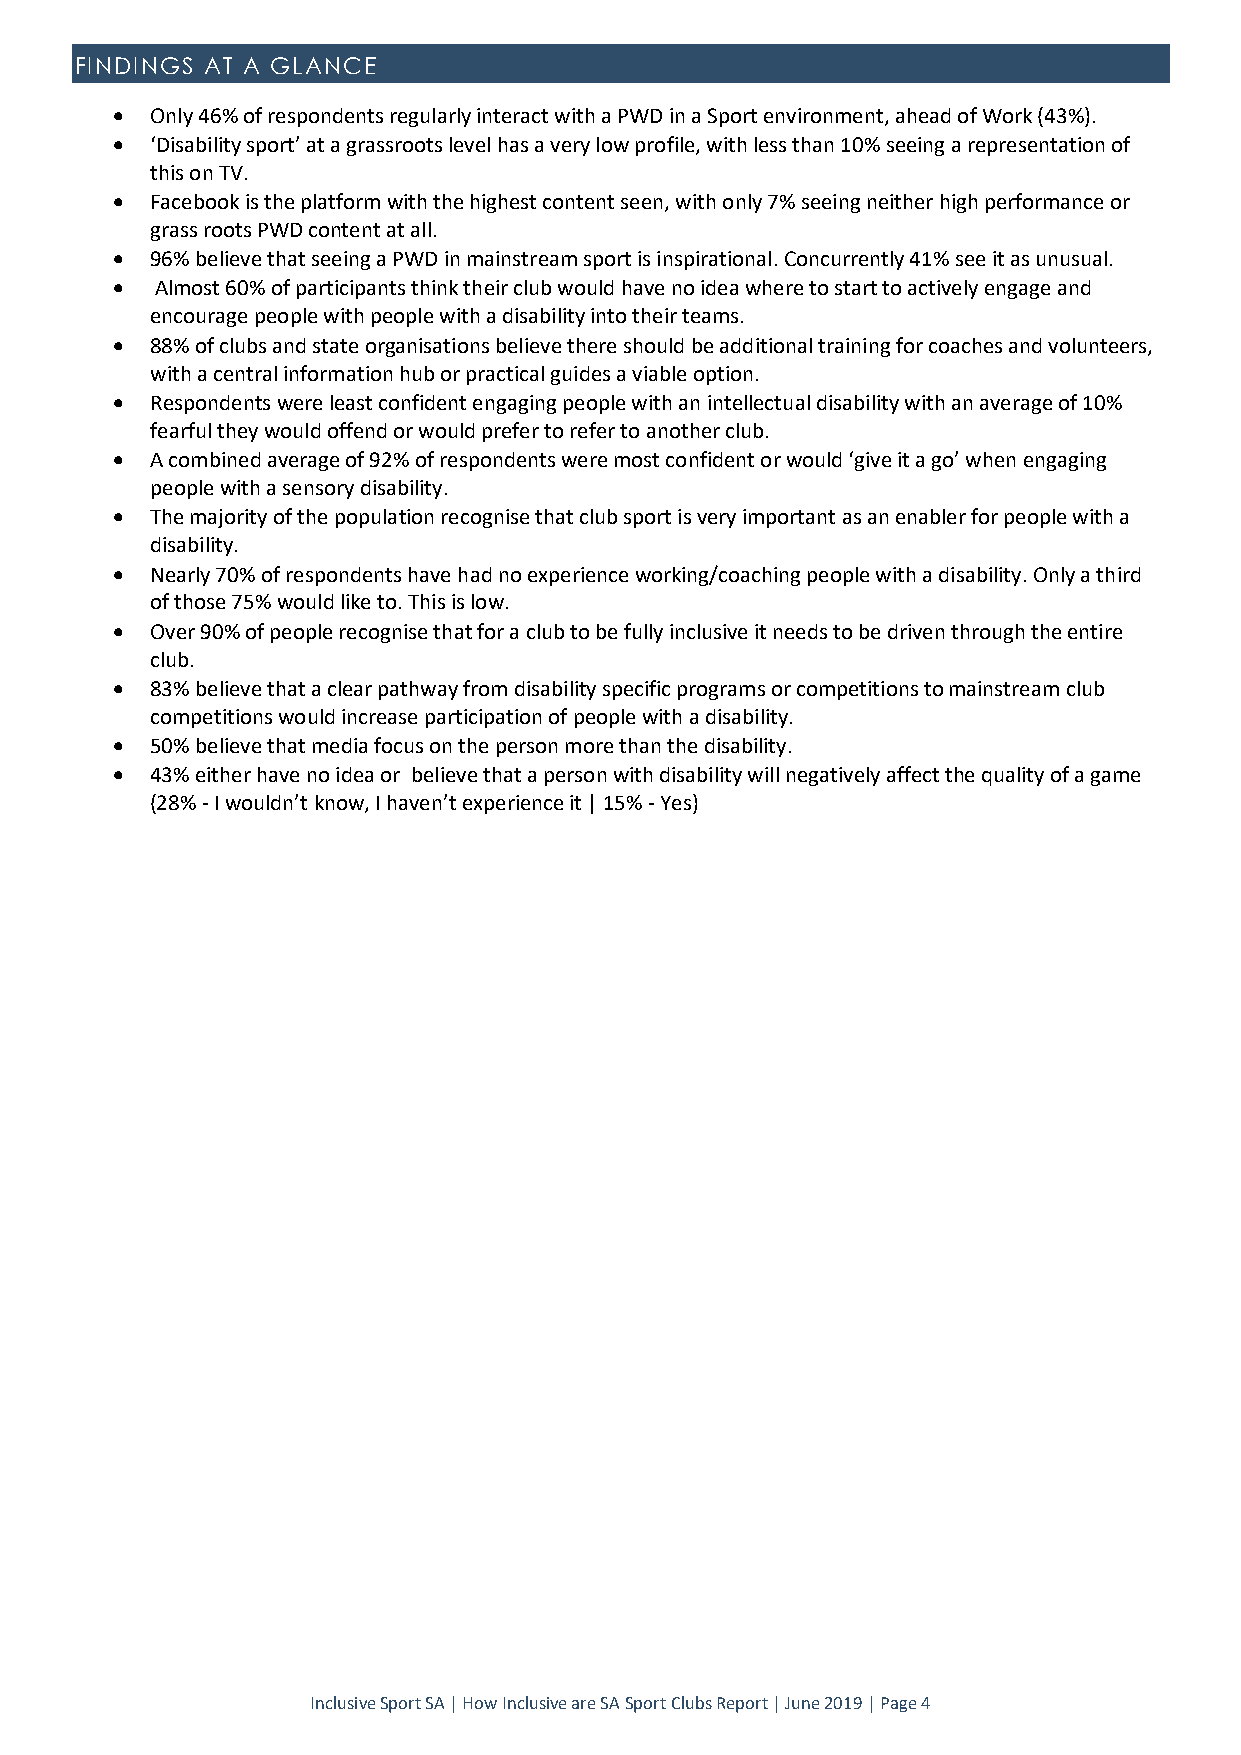
FINDINGS AT A GLANCE
   Only 46% of respondents regularly interact with a PWD in a Sport environment, ahead of Work (43%).
   ‘Disability sport’ at a grassroots level has a very low profile, with less than 10% seeing a representation of
 this on TV.
   Facebook is the platform with the highest content seen, with only 7% seeing neither high performance or
 grass roots PWD content at all.
   96% believe that seeing a PWD in mainstream sport is inspirational. Concurrently 41% see it as unusual.
   Almost 60% of participants think their club would have no idea where to start to actively engage and
 encourage people with people with a disability into their teams.
   88% of clubs and state organisations believe there should be additional training for coaches and volunteers,
 with a central information hub or practical guides a viable option.
   Respondents were least confident engaging people with an intellectual disability with an average of 10%
 fearful they would offend or would prefer to refer to another club.
   A combined average of 92% of respondents were most confident or would ‘give it a go’ when engaging
 people with a sensory disability.
   The majority of the population recognise that club sport is very important as an enabler for people with a
 disability.
   Nearly 70% of respondents have had no experience working/coaching people with a disability. Only a third
 of those 75% would like to. This is low.
   Over 90% of people recognise that for a club to be fully inclusive it needs to be driven through the entire
 club.
   83% believe that a clear pathway from disability specific programs or competitions to mainstream club
 competitions would increase participation of people with a disability.
   50% believe that media focus on the person more than the disability.
   43% either have no idea or believe that a person with disability will negatively affect the quality of a game
 (28% - I wouldn’t know, I haven’t experience it | 15% - Yes)
 Inclusive Sport SA | How Inclusive are SA Sport Clubs Report | June 2019 | Page 4